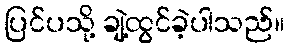
ပြင်ပသို့ ချဲ့ထွင်ခဲ့ပါသည်။